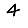
Digit: 4